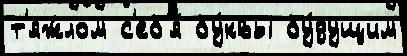
т'яж́лом с'еб'я́ бу́квы бу́дущим